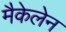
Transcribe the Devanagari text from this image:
मैकेलेन